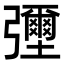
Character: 𢑃